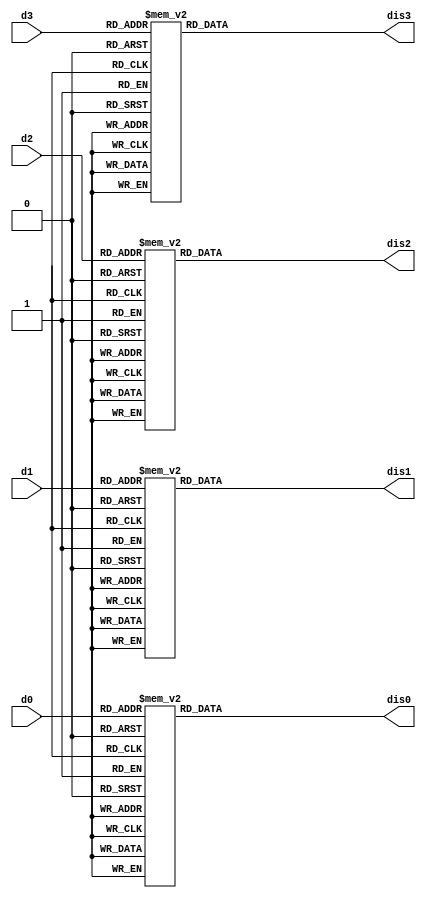
`timescale 1ns / 1ps
//////////////////////////////////////////////////////////////////////////////////
// Company: 
// Engineer: 
// 
// Design Name: 
// Module Name: ssd_decoder
// Project Name: 
// Target Devices: 
// Tool Versions: 
// Description: 
// 
// Dependencies: 
// 
// Revision:
// Revision 0.01 - File Created
// Additional Comments:
// 
//////////////////////////////////////////////////////////////////////////////////


module ssd_decoder(
    input [3:0] d0,
    input [3:0] d1,
    input [3:0] d2,
    input [3:0] d3,
    output reg [7:0] dis0,
    output reg [7:0] dis1,
    output reg [7:0] dis2,
    output reg [7:0] dis3
        );
    
    always@*
    begin
        case(d0)
        4'd0: dis0 <= 8'b00000011; //0
        4'd1: dis0 <= 8'b10011111; //1
        4'd2: dis0 <= 8'b00100101; //2
        4'd3: dis0 <= 8'b00001101; //3
        4'd4: dis0 <= 8'b10011001; //4
        4'd5: dis0 <= 8'b01001001; //5
        4'd6: dis0 <= 8'b01000001; //6
        4'd7: dis0 <= 8'b00011111; //7
        4'd8: dis0 <= 8'b00000001; //8
        4'd9: dis0 <= 8'b00001001; //9
        default: dis0 = 8'b1111_1110;
        endcase
    end
    
    always@*
    begin
        case(d1)
        4'd0: dis1 = 8'b00000011; //0
        4'd1: dis1 = 8'b10011111; //1
        4'd2: dis1 = 8'b00100101; //2
        4'd3: dis1 = 8'b00001101; //3
        4'd4: dis1 = 8'b10011001; //4
        4'd5: dis1 = 8'b01001001; //5
        4'd6: dis1 = 8'b01000001; //6
        4'd7: dis1 = 8'b00011111; //7
        4'd8: dis1 = 8'b00000001; //8
        4'd9: dis1 = 8'b00001001; //9
        default: dis1 = 8'b1111_1110;
        endcase
    end
    
    always@*
    begin
        case(d2)
        4'd0: dis2 = 8'b00000011; //0
        4'd1: dis2 = 8'b10011111; //1
        4'd2: dis2 = 8'b00100101; //2
        4'd3: dis2 = 8'b00001101; //3
        4'd4: dis2 = 8'b10011001; //4
        4'd5: dis2 = 8'b01001001; //5
        4'd6: dis2 = 8'b01000001; //6
        4'd7: dis2 = 8'b00011111; //7
        4'd8: dis2 = 8'b00000001; //8
        4'd9: dis2 = 8'b00001001; //9
        default: dis2 = 8'b1111_1110;
        endcase
    end
    
    always@*
    begin
        case(d3)
        4'd0: dis3 = 8'b00000011; //0
        4'd1: dis3 = 8'b10011111; //1
        4'd2: dis3 = 8'b00100101; //2
        4'd3: dis3 = 8'b00001101; //3
        4'd4: dis3 = 8'b10011001; //4
        4'd5: dis3 = 8'b01001001; //5
        4'd6: dis3 = 8'b01000001; //6
        4'd7: dis3 = 8'b00011111; //7
        4'd8: dis3 = 8'b00000001; //8
        4'd9: dis3 = 8'b00001001; //9
        4'd15 : dis3 = 8'b11111101;
        default: dis3 = 8'b1111_1110;
        endcase
    end    
endmodule